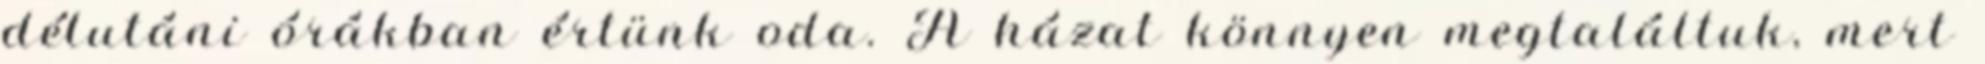
délutáni órákban értünk oda. A házat könnyen megtaláltuk, mert